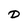
Character: D